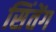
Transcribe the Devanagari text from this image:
सिंतेंग